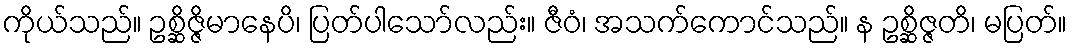
ကိုယ်သည်။ ဥစ္ဆိဇ္ဇိမာနေပိ၊ ပြတ်ပါသော်လည်း။ ဇီဝံ၊ အသက်ကောင်သည်။ န ဥစ္ဆိဇ္ဇတိ၊ မပြတ်။